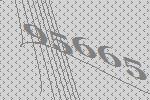
95665